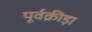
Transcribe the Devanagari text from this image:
पूर्वक्रीड़ा